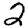
Digit: 2